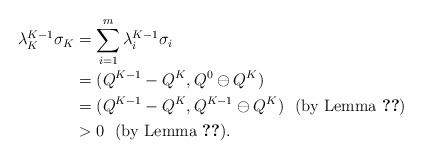
LaTeX: \begin{align*}\lambda^{K-1}_K\sigma_K&=\sum_{i=1}^m\lambda^{K-1}_i\sigma_i\\&=(Q^{K-1}-Q^K,Q^0\ominus Q^K)\\&=(Q^{K-1}-Q^K,Q^{K-1}\ominus Q^K)\ \ {\rm (by\ Lemma\ \ref{lem:27})}\\&>0\ \ {\rm (by\ Lemma\ \ref{lem:28})}.\end{align*}